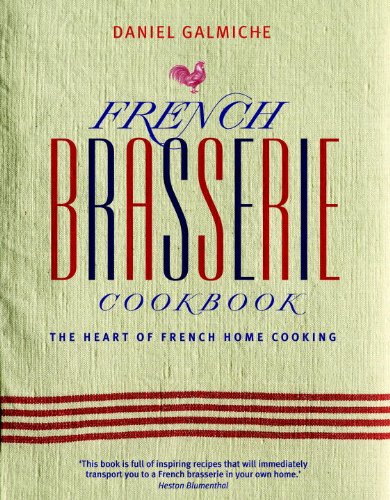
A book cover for French Brasserie Cookbook: The Heart of French Home Cooking; Daniel Galmiche; Cookbooks, Food & Wine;